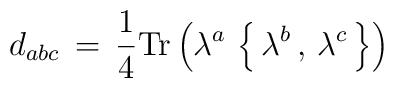
d_{abc} \, = \,   \frac{1}{4}   \mbox{Tr} \left( \lambda^a \, \left\{ \,\lambda^b \, , \,                                           \lambda^c \, \right\}             \right)